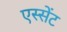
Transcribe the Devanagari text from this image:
एस्सेंट